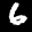
Label: 6